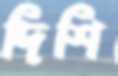
দিশি